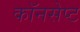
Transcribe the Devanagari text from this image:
कॉनसेप्ट